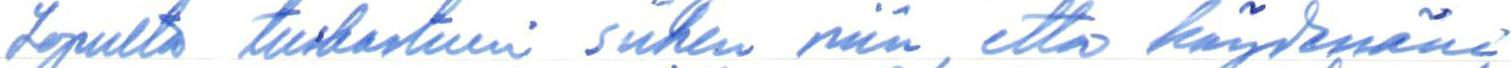
Lopulta tuskastuin siihen niin, että käydessäni